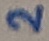
Text: 2